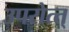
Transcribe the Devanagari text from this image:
उपरोत्त्